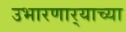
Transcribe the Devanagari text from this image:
उभारणार्‍याच्या